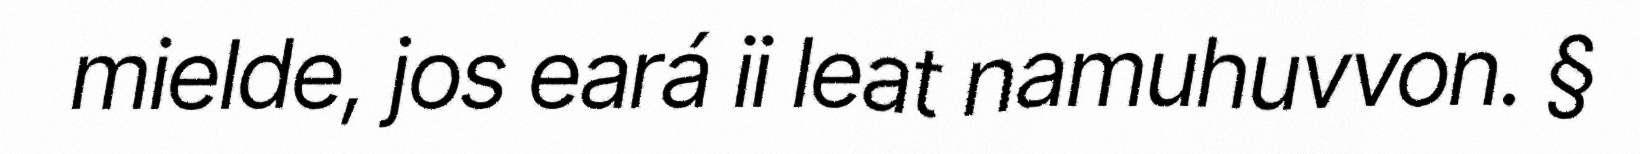
mielde, jos eará ii leat namuhuvvon. §